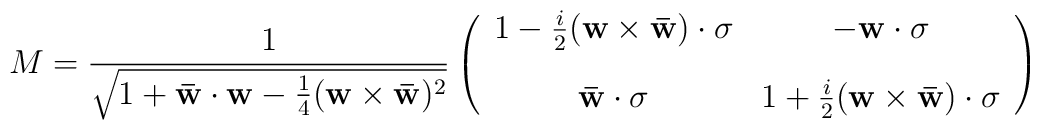
M = \frac{1}{\sqrt{1+{\bf \bar{w}} \cdot {\bf w} - {1\over 4}({\bf w}\times{\bf {\bar w}})^2 }}\left(\begin{array}{cc}1- {i\over 2}({\bf w} \times {\bf \bar{w}})\cdot {\bf \sigma} & -{\bf w} \cdot {\bf \sigma}\\[2ex]{\bf \bar{w}} \cdot {\bf \sigma} & 1+ {i\over 2}({\bf w} \times {\bf\bar{w}})\cdot {\bf \sigma}\end{array}\right)